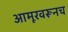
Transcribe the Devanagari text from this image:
आमूरवरूनच